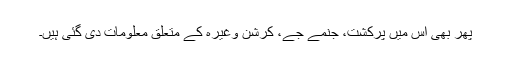
پھر بھی اس میں پرکشت، جنمے جے، کرشن وغیرہ کے متعلق معلومات دی گئی ہیں۔